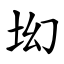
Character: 㘭